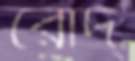
রোদ্